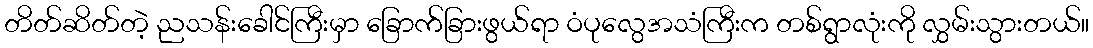
တိတ်ဆိတ်တဲ့ ညသန်းခေါင်ကြီးမှာ ခြောက်ခြားဖွယ်ရာ ဝံပုလွေအသံကြီးက တစ်ရွာလုံးကို လွှမ်းသွားတယ်။